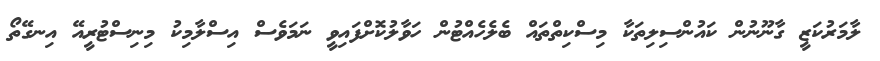
ލާމަރުކަޒީ ގާނޫނުން ކައުންސިލިތަކާ މިސްކިތްތައް ބެލެހެއްޓުން ހަވާލުކޮށްފައިވީ ނަމަވެސް އިސްލާމިކު މިނިސްޓުރީއޭ އިނގޭތޯ